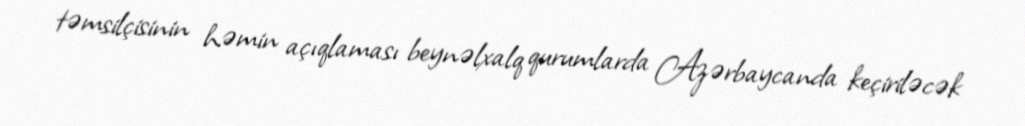
təmsilçisinin həmin açıqlaması beynəlxalq qurumlarda Azərbaycanda keçiriləcək